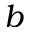
b